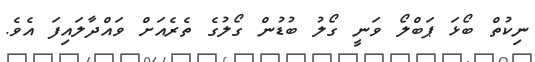
ނިކުތް ބޯޅަ ޕަބްލޯ ވަނީ ގޯލު ބުޑުން ގޯލުގެ ތެރެއަށް ވައްދާލައިފަ އެވެ.